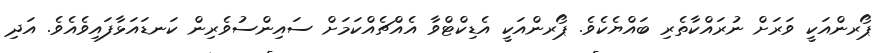
ޕޯރންއަކީ ވަރަށް ނުރައްކާތެރި ބައްޔެކެވެ. ޕޯރންއަކީ އެޑިކްޓްވާ އެއްޗެއްކަމަށް ސައިންސުވެރިން ކަނޑައަޅާފައިވެއެވެ. އަދި